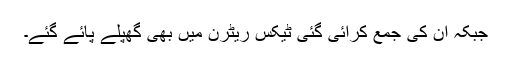
جبکہ ان کی جمع کرائی گئی ٹیکس ریٹرن میں بھی گھپلے پائے گئے۔